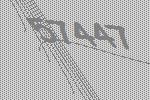
57447